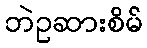
ဘဲဥဆားစိမ်